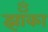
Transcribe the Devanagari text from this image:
झॉँका